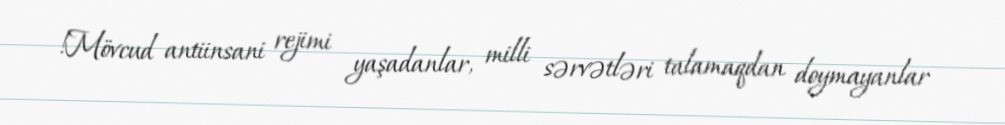
!Mövcud antiinsani rejimi yaşadanlar, milli sərvətləri talamaqdan doymayanlar